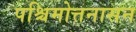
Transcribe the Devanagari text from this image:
पश्चिमोत्तनासन